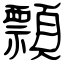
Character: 顠